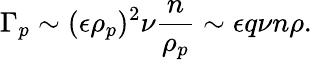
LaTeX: \Gamma_{p}\sim(\epsilon\rho_{p})^{2}\nu\frac{n}{\rho_{p}}\sim\epsilon q\nu n\rho.